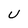
Character: U